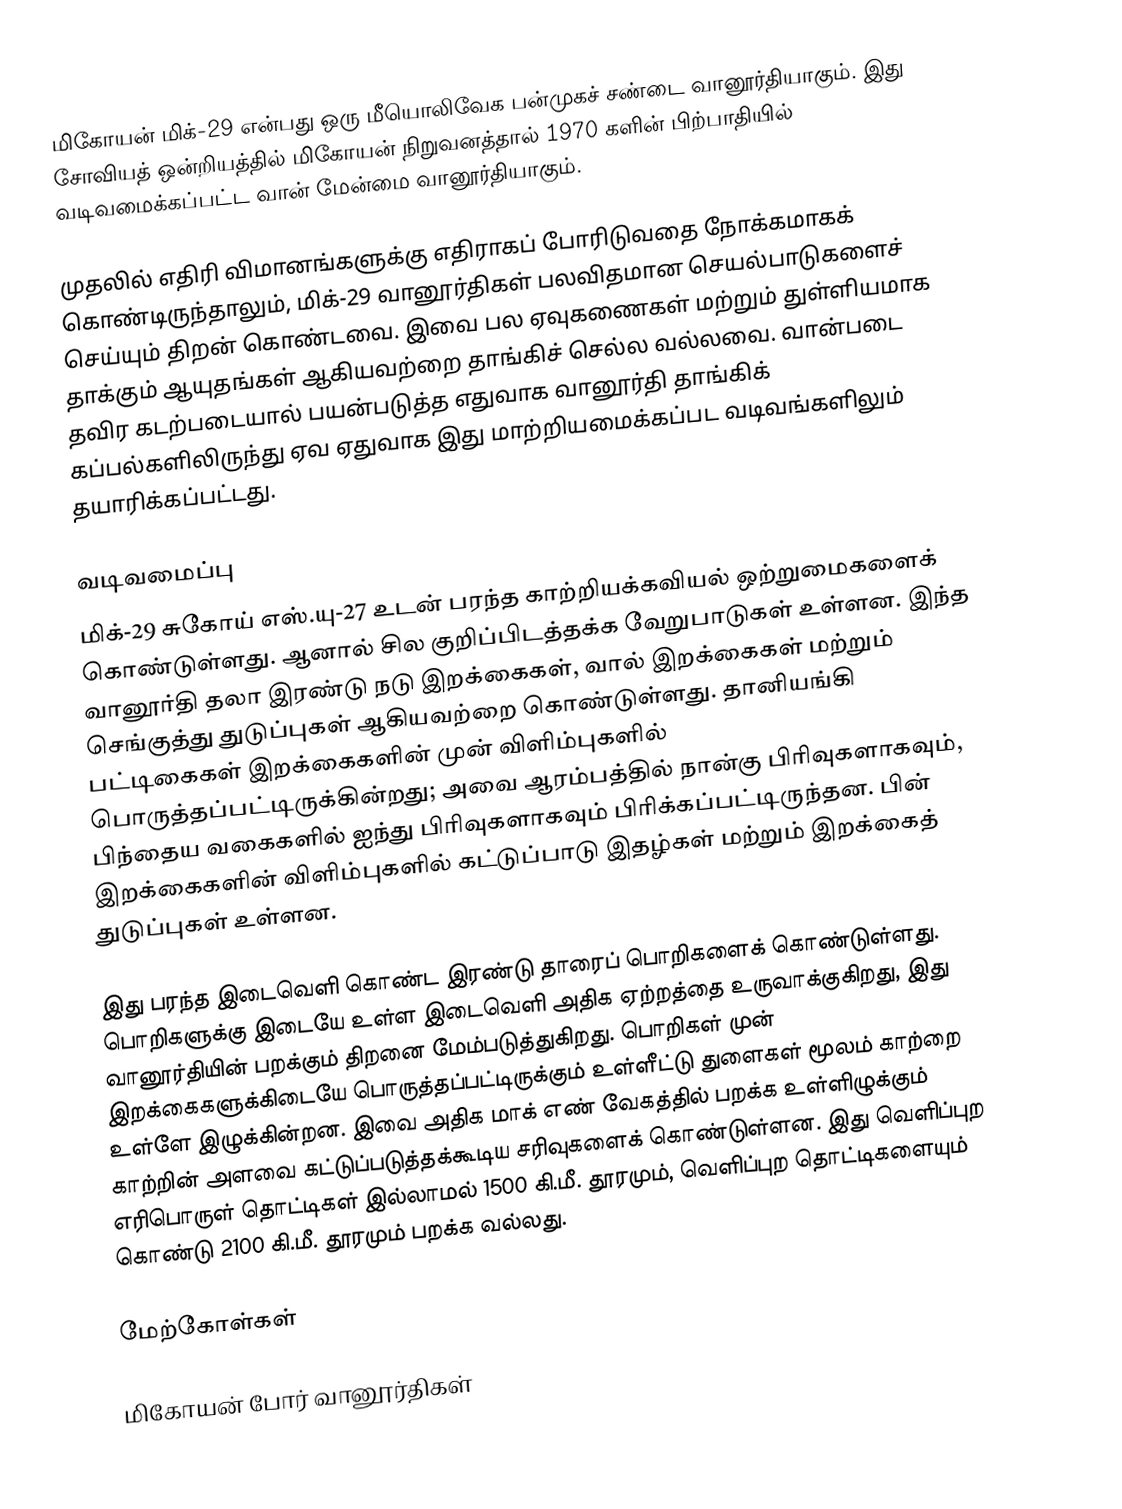
மிகோயன் மிக்-29 என்பது ஒரு மீயொலிவேக பன்முகச் சண்டை வானூர்தியாகும். இது சோவியத் ஒன்றியத்தில் மிகோயன் நிறுவனத்தால் 1970 களின் பிற்பாதியில் வடிவமைக்கப்பட்ட வான் மேன்மை வானூர்தியாகும்.

முதலில் எதிரி விமானங்களுக்கு எதிராகப் போரிடுவதை நோக்கமாகக் கொண்டிருந்தாலும், மிக்-29 வானூர்திகள் பலவிதமான செயல்பாடுகளைச் செய்யும் திறன் கொண்டவை. இவை பல ஏவுகணைகள் மற்றும் துள்ளியமாக தாக்கும் ஆயுதங்கள் ஆகியவற்றை தாங்கிச் செல்ல வல்லவை. வான்படை தவிர கடற்படையால் பயன்படுத்த எதுவாக வானூர்தி தாங்கிக் கப்பல்களிலிருந்து ஏவ ஏதுவாக இது மாற்றியமைக்கப்பட வடிவங்களிலும் தயாரிக்கப்பட்டது.

வடிவமைப்பு
மிக்-29 சுகோய் எஸ்.யு-27 உடன் பரந்த காற்றியக்கவியல் ஒற்றுமைகளைக் கொண்டுள்ளது. ஆனால் சில குறிப்பிடத்தக்க வேறுபாடுகள் உள்ளன. இந்த வானூர்தி தலா இரண்டு நடு இறக்கைகள், வால் இறக்கைகள் மற்றும் செங்குத்து துடுப்புகள் ஆகியவற்றை கொண்டுள்ளது. தானியங்கி பட்டிகைகள் இறக்கைகளின் முன் விளிம்புகளில் பொருத்தப்பட்டிருக்கின்றது; அவை ஆரம்பத்தில் நான்கு பிரிவுகளாகவும், பிந்தைய வகைகளில் ஐந்து பிரிவுகளாகவும் பிரிக்கப்பட்டிருந்தன. பின் இறக்கைகளின் விளிம்புகளில் கட்டுப்பாடு இதழ்கள் மற்றும் இறக்கைத் துடுப்புகள் உள்ளன.

இது பரந்த இடைவெளி கொண்ட இரண்டு தாரைப் பொறிகளைக் கொண்டுள்ளது. பொறிகளுக்கு இடையே உள்ள இடைவெளி அதிக ஏற்றத்தை உருவாக்குகிறது, இது வானூர்தியின் பறக்கும் திறனை மேம்படுத்துகிறது. பொறிகள் முன் இறக்கைகளுக்கிடையே பொருத்தப்பட்டிருக்கும் உள்ளீட்டு துளைகள் மூலம் காற்றை உள்ளே இழுக்கின்றன. இவை அதிக மாக் எண் வேகத்தில் பறக்க உள்ளிழுக்கும் காற்றின் அளவை கட்டுப்படுத்தக்கூடிய சரிவுகளைக் கொண்டுள்ளன. இது வெளிப்புற எரிபொருள் தொட்டிகள் இல்லாமல் 1500 கி.மீ. தூரமும், வெளிப்புற தொட்டிகளையும் கொண்டு 2100 கி.மீ. தூரமும் பறக்க வல்லது.

மேற்கோள்கள்

மிகோயன் போர் வானூர்திகள்